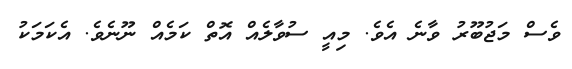
ވެސް މަޖުބޫރު ވާނެ އެވެ. މިއީ ސުވާލެއް އޮތް ކަމެއް ނޫނެވެ. އެކަމަކު